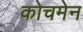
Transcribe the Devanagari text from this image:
कोचमेन